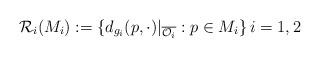
LaTeX: \begin{align*} \mathcal R_i(M_i):=\{d_{g_i}(p,\cdot)|_{\overline{\mathcal O_i}}:p\in M_i\}\,i=1,2\end{align*}